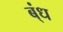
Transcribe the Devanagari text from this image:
ब्ंध